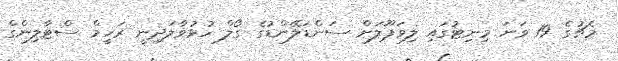
މެޗުގެ 19 ވަނަ މިނިޓުގައި ލިވަޕޫލަށް ސަންޑަލޭންޑުގެ ގޯލް ހުޅުވާލަދިނީ ރަހީމް ސްޓާލިންގް